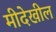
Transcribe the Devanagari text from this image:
मीदेखील